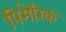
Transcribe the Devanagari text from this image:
पिमेरिक